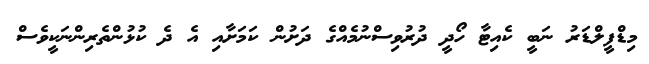
މިޑްފީލްޑަރު ނަބީ ކެއިޓާ ހޯދީ ދުރުވިސްނުމެއްގެ ދަށުން ކަމަށާއި އެ ދެ ކުޅުންތެރިންނަކީވެސް